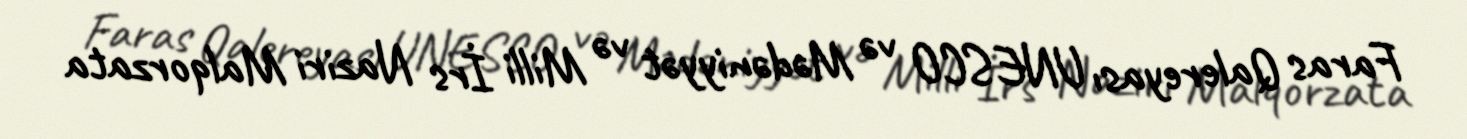
Faras Qalereyası UNESCO və Mədəniyyət və Milli İrs Naziri Malqorzata